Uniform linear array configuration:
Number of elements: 24
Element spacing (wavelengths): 0.25
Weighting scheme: kaiser
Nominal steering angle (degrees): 45
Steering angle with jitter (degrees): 46.043
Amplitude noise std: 0.05
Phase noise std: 0.05

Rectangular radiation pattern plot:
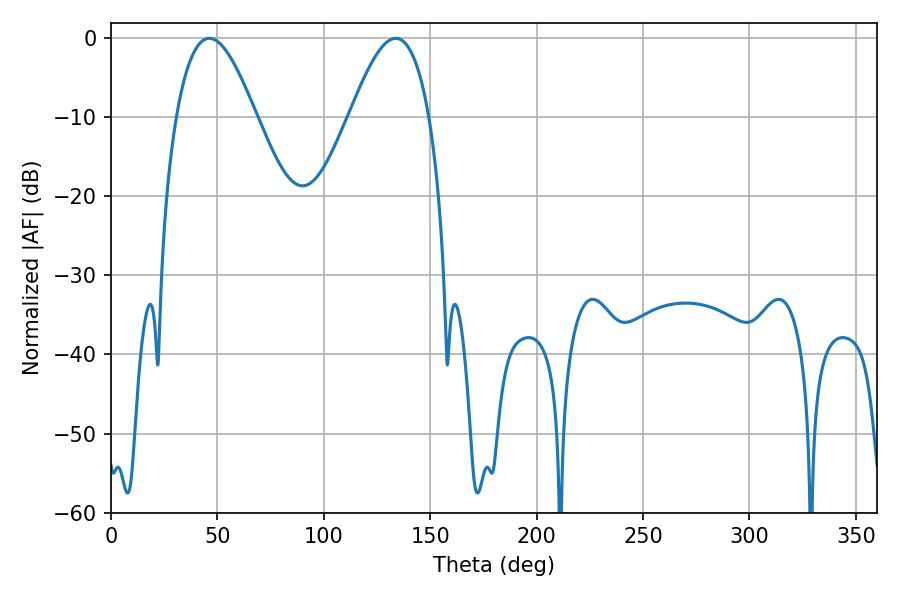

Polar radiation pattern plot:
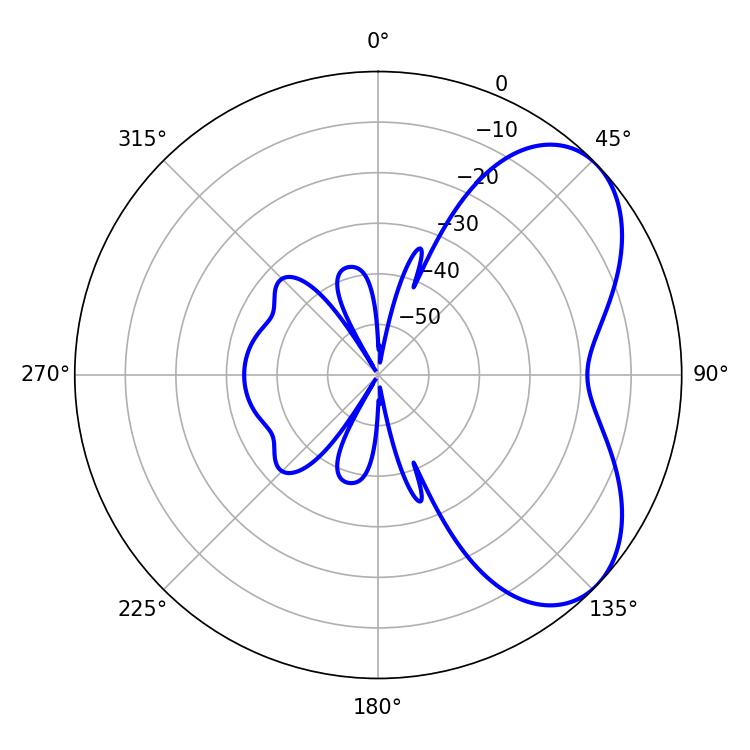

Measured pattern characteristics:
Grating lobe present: FALSE
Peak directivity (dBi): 5.413
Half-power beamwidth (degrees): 20.16
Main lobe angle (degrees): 46.26